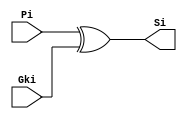
`timescale 1ns / 1ps

module sum (
	input wire Pi, Gki,
	output wire Si	
);

	wire w1;

	xor (Si, Pi, Gki);

endmodule